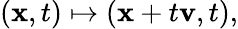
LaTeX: (\mathbf{x},t)\mapsto(\mathbf{x}+t\mathbf{v},t),